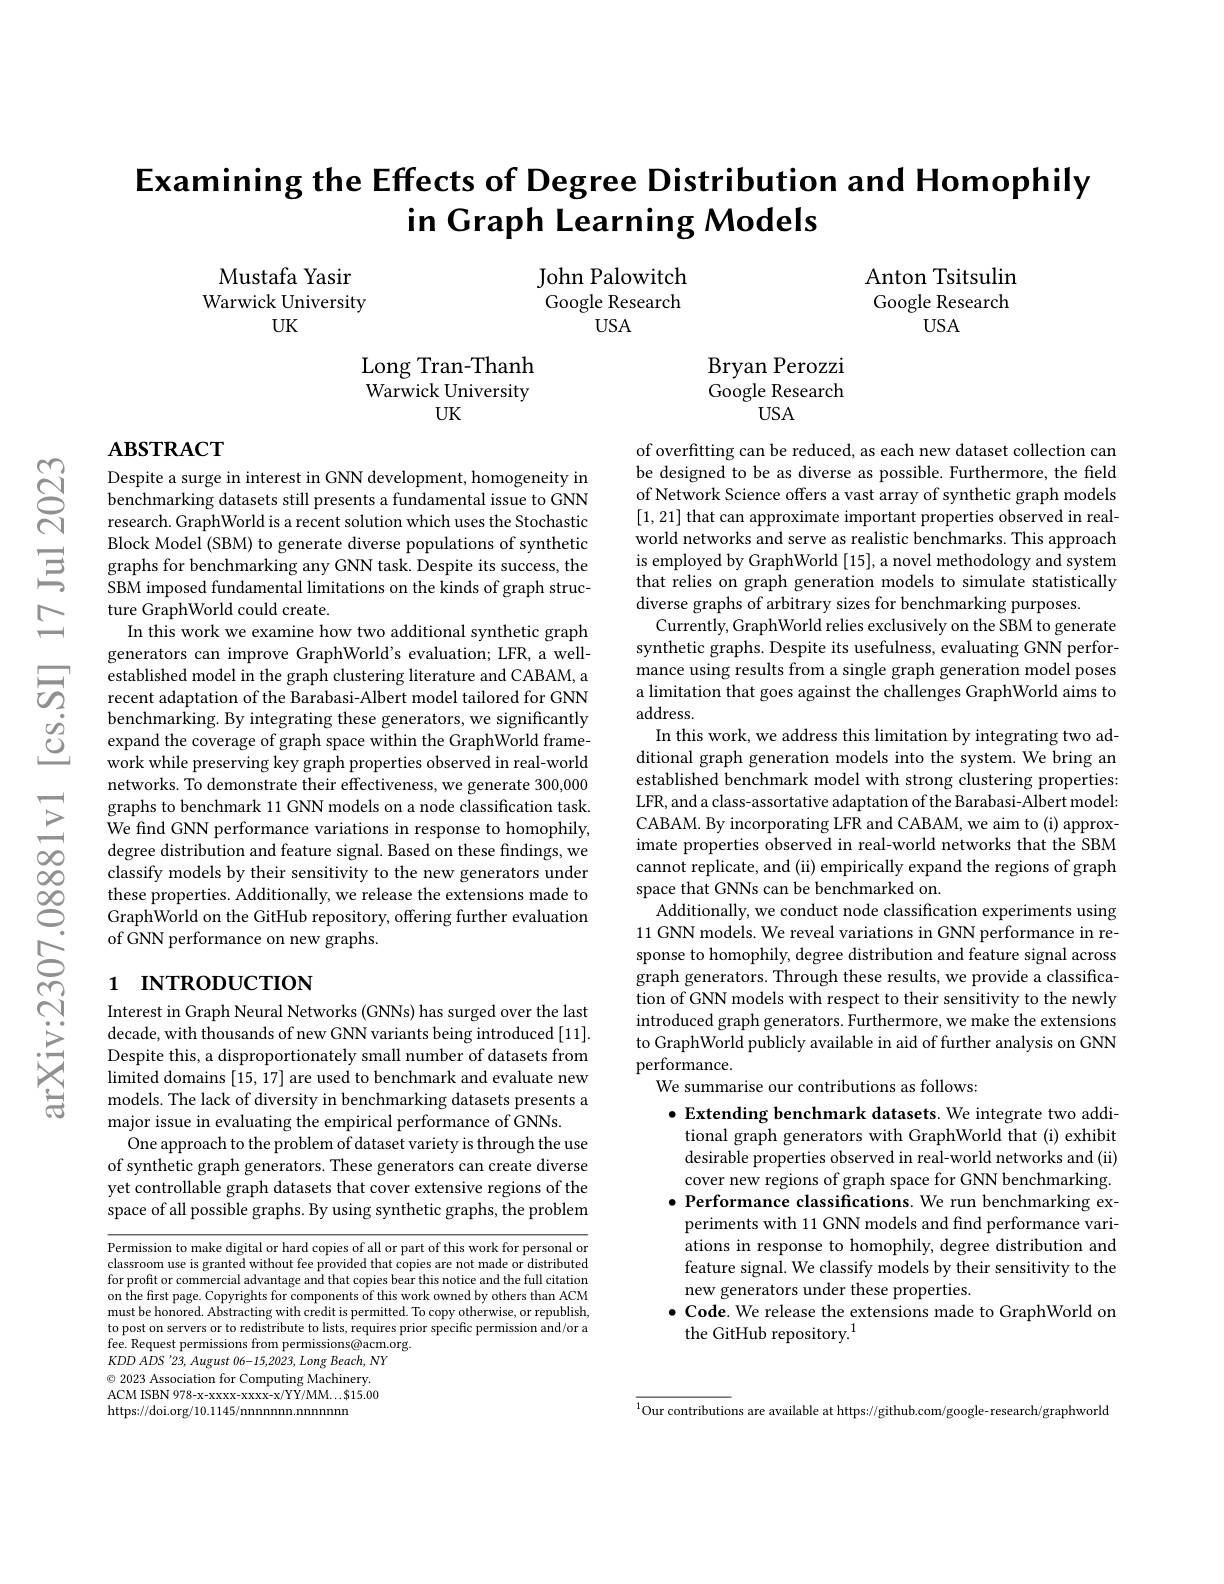
# Examining the Effects of Degree Distribution and Homophily in Graph Learning Models

Anton Tsitsulin Google Research
$USA$

Mustafa Yasir Warwick University
UK

John Palowitch Google Research
$USA$

Long Tran-Thanh Warwick University
UK

Bryan Perozzi Google Research
$USA$

# $\mathbf{ABSTRACT}$

Despite a surge in interest in GNN development, homogeneity in benchmarking datasets still presents a fundamental issue to GNN research. GraphWorld is a recent solution which uses the Stochastic Block Model (SBM) to generate diverse populations of synthetic graphs for benchmarking any GNN task. Despite its success, the SBM imposed fundamental limitations on the kinds of graph structure GraphWorld could create.
In this work we examine how two additional synthetic graph generators can improve GraphWorld's evaluation; LFR, a well- $\hat{\text{established model in the graph clustering literature and CABAM, a}}$ recent adaptation of the Barabasi-Albert model tailored for GNN benchmarking. By integrating these generators, we significantly expand the coverage of graph space within the GraphWorld framework while preserving key graph properties observed in real-world networks. To demonstrate their effectiveness, we generate 300,000
$\sum_{\begin{array}{cc}\text{graphs to benchmark 11 GNN models on a node classification task.}\\\text{We find GNN performance variations in response to homophily,}\\\text{degree distribution and feature signal.Based on these findings, we}\end{array}}$
classify models by their sensitivity to the new generators under these properties. Additionally, we release the extensions made to GraphWorld on the GitHub repository, offering further evaluation of GNN performance on new graphs.

of overfitting can be reduced, as each new dataset collection can be designed to be as diverse as possible. Furthermore, the field of Network Science offers a vast array of synthetic graph models [1,21] that can approximate important properties observed in realworld networks and serve as realistic benchmarks. This approach is employed by GraphWorld [15], a novel methodology and system that relies on graph generation models to simulate statistically diverse graphs of arbitrary sizes for benchmarking purposes.
Currently, GraphWorld relies exclusively on the SBM to generate synthetic graphs. Despite its usefulness, evaluating GNN performance using results from a single graph generation model poses a limitation that goes against the challenges GraphWorld aims to address.
In this work, we address this limitation by integrating two additional graph generation models into the system. We bring an established benchmark model with strong clustering properties: LFR, and a class- assortative adaptation of the Barabasi-Albert model: CABAM. By incorporating LFR and CABAM, we aim to (i) approximate properties observed in real-world networks that the SBM cannot replicate, and (ii) empirically expand the regions of graph space that GNNs can be benchmarked on.
Additionally, we conduct node classification experiments using 11 GNN models. We reveal variations in GNN performance in response to homophily, degree distribution and feature signal across graph generators. Through these results, we provide a classification of GNN models with respect to their sensitivity to the newly introduced graph generators. Furthermore, we make the extensions to GraphWorld publicly available in aid of further analysis on GNN performance.
We summarise our contributions as follows:
$\bullet$ Extending benchmark datasets. We integrate two additional graph generators with GraphWorld that (i) exhibit desirable properties observed in real-world networks and (ii) cover new regions of graph space for GNN benchmarking.
$\bullet$ Performance classifications. We run benchmarking ex-
periments with 11 GNN models and find performance variations in response to homophily, degree distribution and feature signal. We classify models by their sensitivity to the new generators under these properties.
$\bullet$ Code. We release the extensions made to GraphWorld on
the GitHub repository.$^{1}$

# 1 INTRODUCTION

Interest in Graph Neural Networks (GNNs) has surged over the last decade, with thousands of new GNN variants being introduced [11]. Despite this, a disproportionately small number of datasets from limited domains [15,17] are used to benchmark and evaluate new models. The lack of diversity in benchmarking datasets presents a major issue in evaluating the empirical performance of GNNs.
One approach to the problem of dataset variety is through the use of synthetic graph generators. These generators can create diverse yet controllable graph datasets that cover extensive regions of the space of all possible graphs. By using synthetic graphs, the problem

Permission to make digital or hard copies of all or part of this work for personal or classroom use is granted without fee provided that copies are not made or distributed for profit or commercial advantage and that copies bear this notice and the full citation on the first page. Copyrights for components of this work owned by others than ACM must be honored. Abstracting with credit is permitted. To copy otherwise, or republish, to post on servers or to redistribute to lists, requires prior specific permission and/or a fee. Request permissions from permissions@acm.org.
$KDDA\dot{DS}$ '23, August 06-15,2023, Long Beach, NY $\textcircled{\circ}$ 2023 Association for Computing Machinery. ACM ISBN 978-x-xxxx-xxxx-x/YY/MM...\$15.00 https: / / doi. org/ 10. 1145/ nnnnnnn. nnnnnn

$^{1}$Our contributions are available at https;//github.com/google-research/graphworld